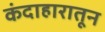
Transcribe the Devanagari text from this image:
कंदाहारातून